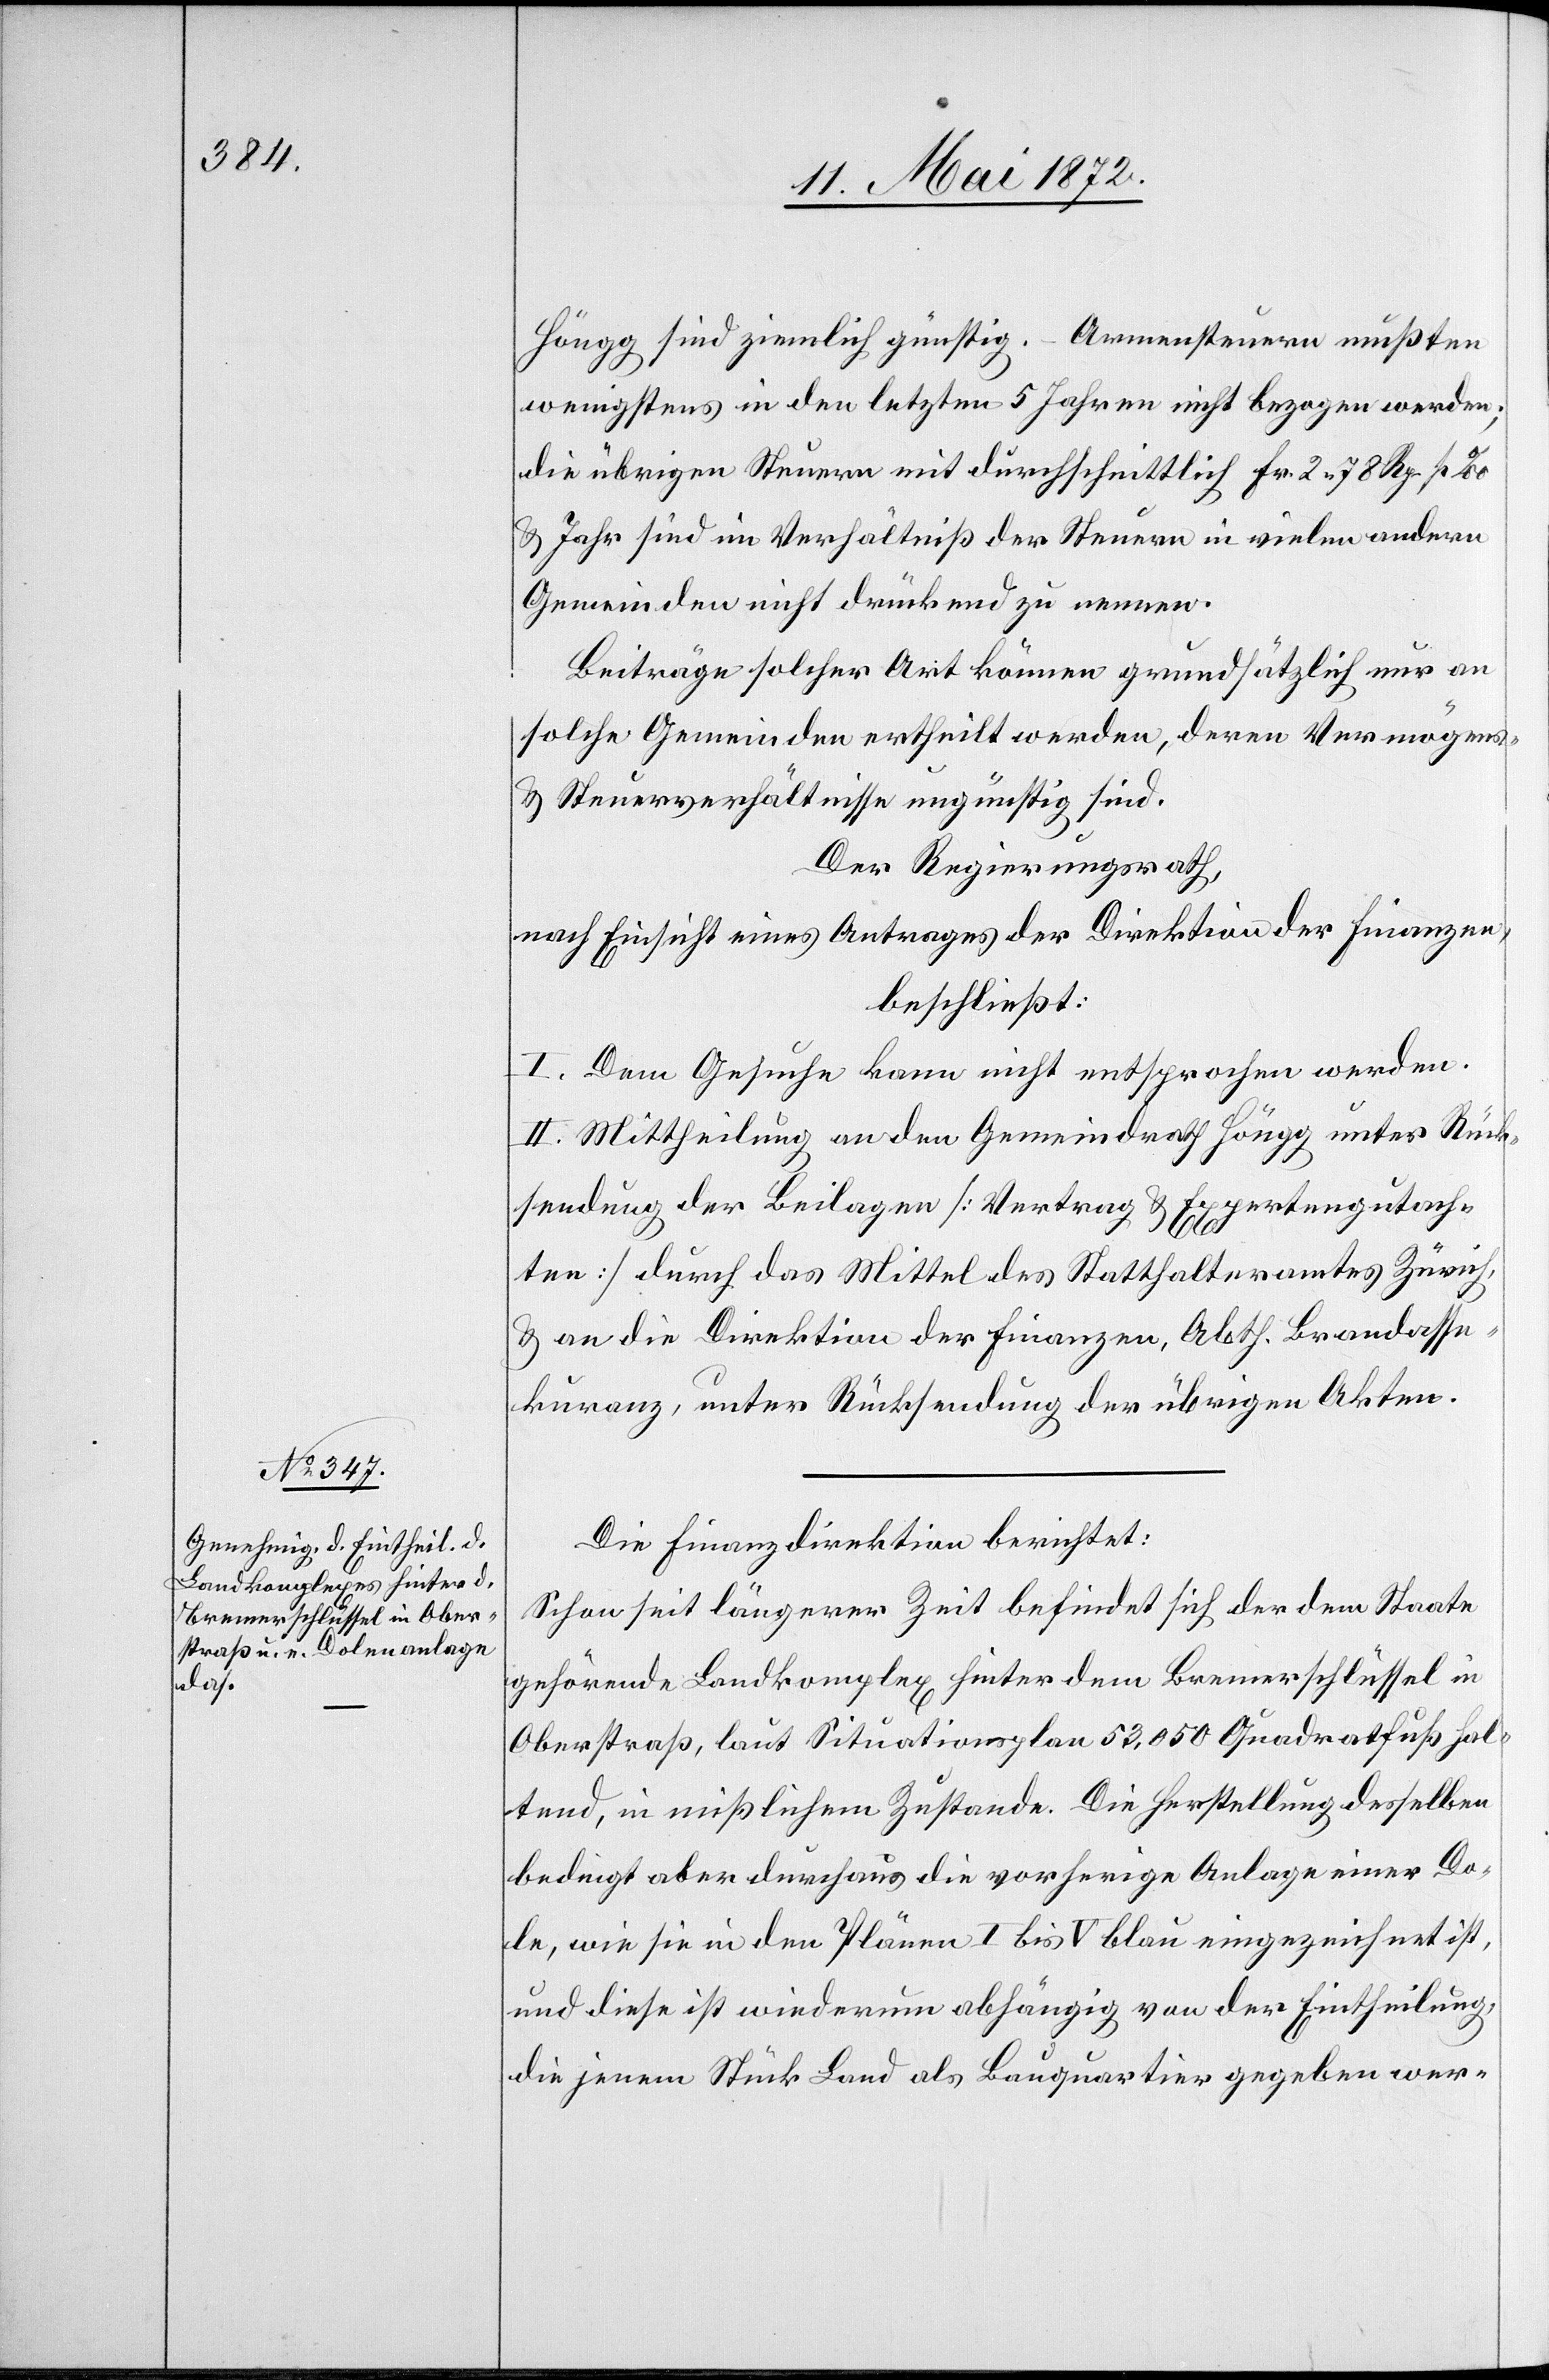
Die Finanzdirektion berichtet:
Schon seit längerer Zeit befindet sich der dem Staate
gehörende Landkomplex hinter dem Bremerschlüssel in
Oberstraß, laut Situationsplan 53,050 Quadratfuß hal¬
tend, in mißlichem Zustande. Die Herstellung desselben
bedingt aber durchaus die vorherige Anlage einer Do¬
le, wie sie in den Plänen I bis V blau eingezeichnet ist,
und diese ist wiederum abhängig von der Eintheilung,
die jenem Stück Land als Bauquartier gegeben wer-